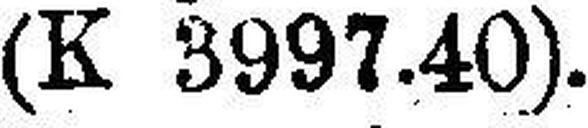
(K 3997.40).